Indian journal of veterinary science and animal husbandry - Volumes 26-27, 1956-1957
Year: 1956
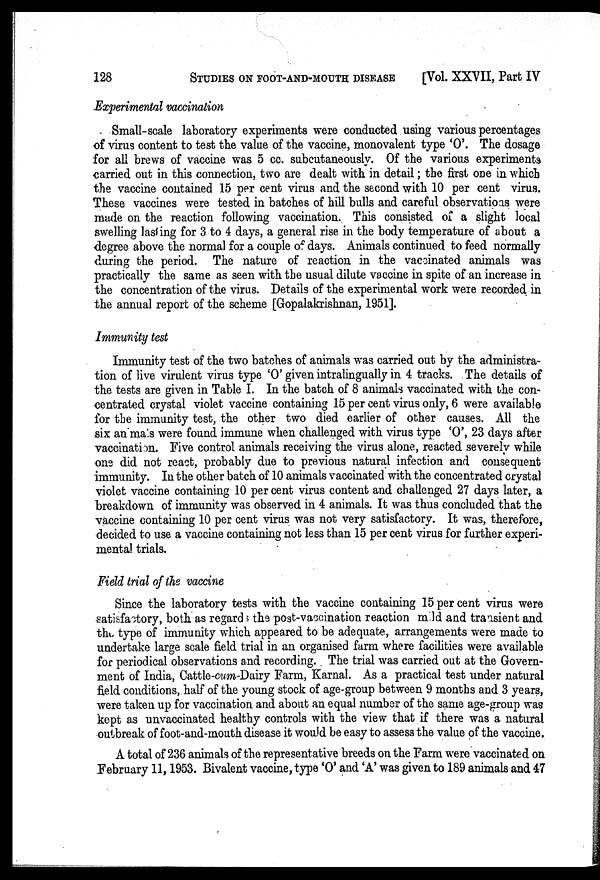
128 STUDIES ON FOOT-AND-MOUTH DISEASE [Vol. XXVII, Part IV
Experimental vaccination
Small-scale laboratory experiments were conducted using various percentages
of virus content to test the value of the vaccine, monovalent type 'O'. The dosage
for all brews of vaccine was 5 cc. subcutaneously. Of the various experiments
carried out in this connection, two are dealt with in detail; the first one in which
the vaccine contained 15 per cent virus and the second with 10 per cent virus.
These vaccines were tested in batches of hill bulls and careful observations were
made on the reaction following vaccination. This consisted of a slight local
swelling lasting for 3 to 4 days, a general rise in the body temperature of about a
degree above the normal for a couple of days. Animals continued to feed normally
during the period. The nature of reaction in the vaccinated animals was
practically the same as seen with the usual dilute vaccine in spite of an increase in
the concentration of the virus. Details of the experimental work were recorded in
the annual report of the scheme [Gopalakrishnan, 1951].
Immunity test
Immunity test of the two batches of animals was carried out by the administra-
tion of live virulent virus type 'O' given intralingually in 4 tracks. The details of
the tests are given in Table I. In the batch of 8 animals vaccinated with the con-
centrated crystal violet vaccine containing 15 per cent virus only, 6 were available
for the immunity test, the other two died earlier of other causes. All the
six an mass were found immune when challenged with virus type 'O', 23 days after
vaccination. Five control animals receiving the virus alone, reacted severely while
one did not react, probably due to previous natural infection and consequent
immunity. In the other batch of 10 animals vaccinated with the concentrated crystal
violet vaccine containing 10 per cent virus content and challenged 27 days later, a
breakdown of immunity was observed in 4 animals. It was thus concluded that the
vaccine containing 10 per cent virus was not very satisfactory. It was, therefore,
decided to use a vaccine containing not less than 15 per cent virus for further experi-
mental trials.
Field trial of the vaccine
Since the laboratory tests with the vaccine containing 15 per cent virus were
satisfactory, both as regards the post-vaccination reaction mild and transient and
the, type of immunity which appeared to be adequate, arrangements were made to
undertake large scale field trial in an organised farm where facilities were available
for periodical observations and recording. The trial was carried out at the Govern-
ment of India, Cattle-cum-Dairy Farm, Karnal. As a practical test under natural
field conditions, half of the young stock of age-group between 9 months and 3 years,
were taken up for vaccination and about an equal number of the same age-group was
kept as unvaccinated healthy controls with the view that if there was a natural
outbreak of foot-and-mouth disease it would be easy to assess the value of the vaccine.
A total of 236 animals of the representative breeds on the Farm were vaccinated on
February 11, 1953. Bivalent vaccine, type 'O' and 'A' was given to 189 animals and 47